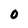
Character: O